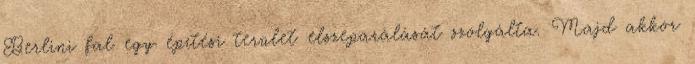
Berlini fal egy építési terület elszeparálását szolgálta. Majd akkor